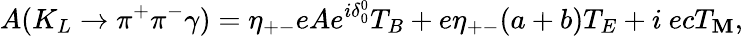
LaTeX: A(K_{L}\rightarrow\pi^{+}\pi^{-}\gamma)=\eta_{+-}eAe^{i\delta_{0}^{0}}T_{B}+e\eta_{+-}(a+b)T_{E}+i~ecT_{\mathbf{M}},